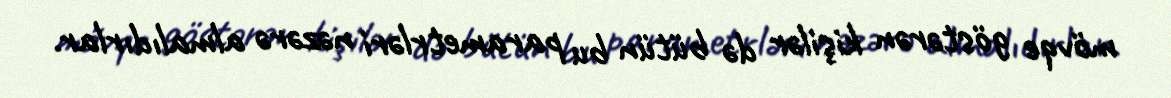
mövqe göstərən kişilər də bütün bu parametrləri nəzərə almalıdırlar.